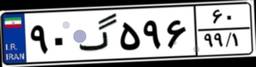
۵۲گ۱۱۰۲۳